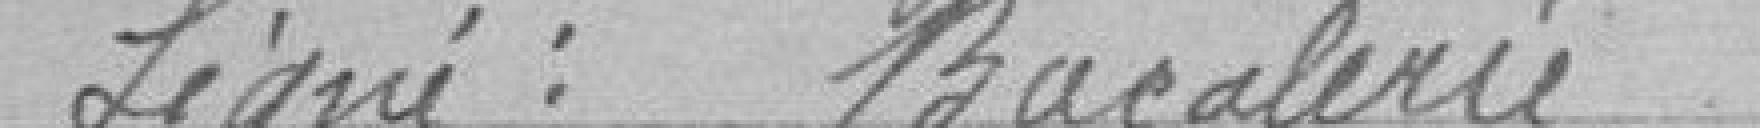
Signé : Bacalerie